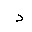
Letter: _dal